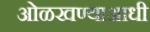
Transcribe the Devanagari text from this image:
ओळखण्याआधी